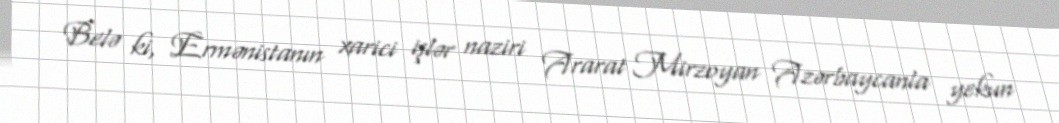
Belə ki, Ermənistanın xarici işlər naziri Ararat Mirzoyan Azərbaycanla yekun